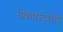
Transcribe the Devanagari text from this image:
बेकायदेशीय